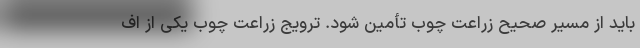
باید از مسیر صحیح زراعت چوب تأمین شود‌. ترویج زراعت چوب یکی از اف